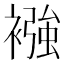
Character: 襁